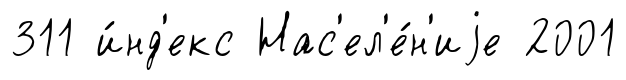
311 и́нд'екс Нас'ел'е́н'иjе 2001